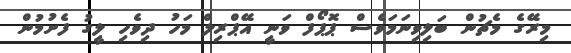
މިރޭގެ މެޗުން ބަލިވިނަމަވެސް ޕޮޕޯފް ވަނީ އޭޕްރިލް މަހު ދިވެހި ލީގު ފެށުމުން